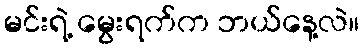
မင်းရဲ့ မွေးရက်က ဘယ်နေ့လဲ။